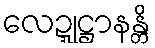
လေဍ္ဍုဋ္ဌာနန္တိ